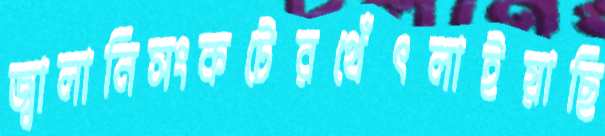
জ্বালানিসংকটেরথেঁৎলাইয়াছি